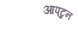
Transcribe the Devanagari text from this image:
आपटुन